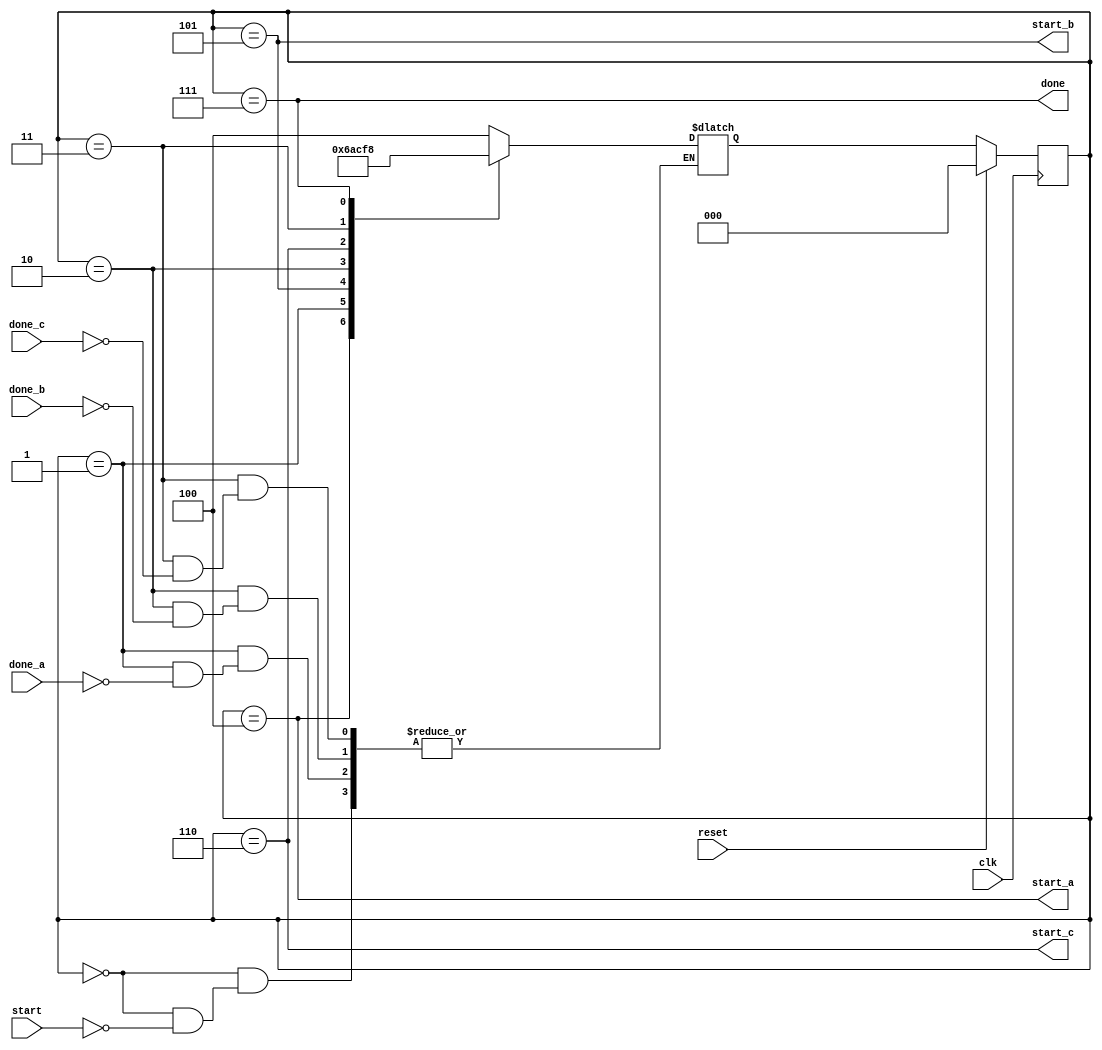
module mooreMachine(
input			clk,
input			reset,
input 			start,
input			done_a,
input			done_b,
input			done_c,
output	reg		start_a,
output	reg		start_b,
output	reg		start_c,
output	reg		done
);

reg	[2:0]	state;
reg	[2:0]	state_nxt;

parameter 	IDLE		=	3'd0;
parameter	WAIT_A		=	3'd1;
parameter	WAIT_B		=	3'd2;
parameter	WAIT_C		=	3'd3;
parameter	START_A		=	3'd4;
parameter	START_B		=	3'd5;
parameter	START_C		=	3'd6;
parameter	DONE		=	3'd7;


always @(*)
begin
	case(state)
	IDLE:
		if(start)
		begin
		state_nxt	=	START_A;
		end
	START_A:
			begin
			state_nxt	= WAIT_A;
			end
	WAIT_A:
		if(done_a)
		begin
			state_nxt	=	START_B;
		end
	START_B:
			begin
			state_nxt	= WAIT_B;
			end
	WAIT_B:
		if(done_b)
		begin
			state_nxt	=	START_C;
		end
	START_C:
			begin
			state_nxt	=	WAIT_C;
			end	
	WAIT_C:
		if(done_c)
		begin
			state_nxt	=	DONE;
		end
	DONE:
		begin
		state_nxt	=	IDLE;
		end	
	endcase
end	

always @ (*)
begin
	start_a	= state	==	START_A;
	start_b	= state	==	START_B;
	start_c	= state	==	START_C;
	done 	= state	==	DONE;
end
	
always @(posedge clk)
begin
	if(reset)
		state	<=	IDLE;
	else
		state	<=	state_nxt;
end	
endmodule